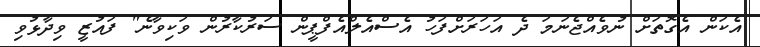
އެކަން އެގޮތަށް ނުވެއްޖެނަމަ ދެ އަހަރަށްފަހު އެސްއެލްއެފްޕީން ސަރުކާރުން ވަކިވާނެ" ފައުޒީ ވިދާޅުވި